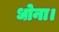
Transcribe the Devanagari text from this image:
धोना।